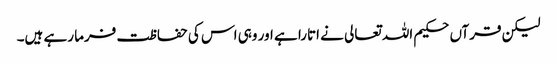
لیکن قرآں حکیم اللہ تعالی نے اتارا ہے اور وہی اس کی حفاظت فرما رہے ہیں۔